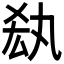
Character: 𠫷